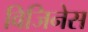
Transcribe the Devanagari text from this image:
विजिनेस